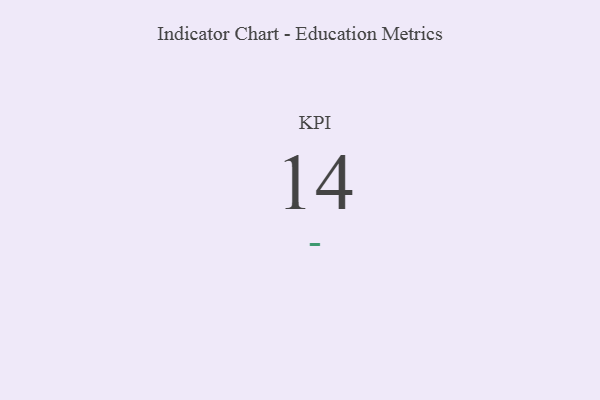
{"axis": {"x": "KPI", "y": "Value"}, "legend": [""], "data": [{"x": "KPI", "y": 14, "type": ""}]}